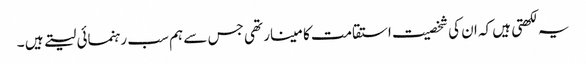
یہ لکھتی ہیں کہ ان کی شخصیت استقامت کا مینار تھی جس سے ہم سب رہنمائی لیتے ہیں ۔